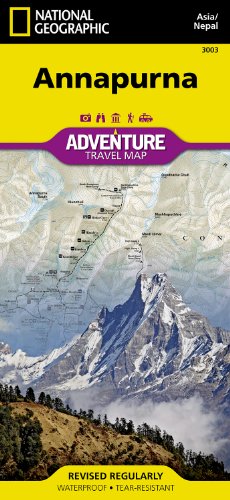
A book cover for Annapurna [Nepal] (National Geographic Adventure Map); National Geographic Maps - Adventure; Travel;